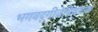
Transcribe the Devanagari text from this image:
भगवद्‌गीतेविषयक